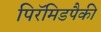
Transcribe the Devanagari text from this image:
पिरॅमिडपैकी